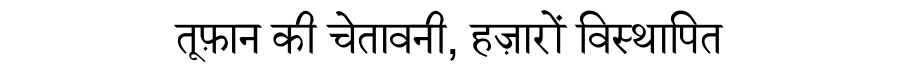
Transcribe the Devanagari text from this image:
तूफ़ान की चेतावनी, हज़ारों विस्थापित